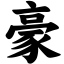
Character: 豪